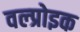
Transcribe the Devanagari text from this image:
वल्प्रोइक